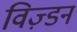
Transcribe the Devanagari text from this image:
विज़्डन